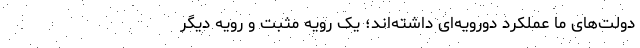
دولت‌های ما عملکرد دورویه‌ای داشته‌اند؛ یک رویه مثبت و رویه دیگر